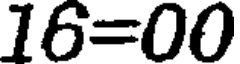
16=00